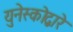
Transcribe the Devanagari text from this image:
युनेस्कोद्वारे